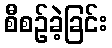
စီစဉ်ခဲ့ခြင်း